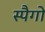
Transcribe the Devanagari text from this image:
स्पैगो